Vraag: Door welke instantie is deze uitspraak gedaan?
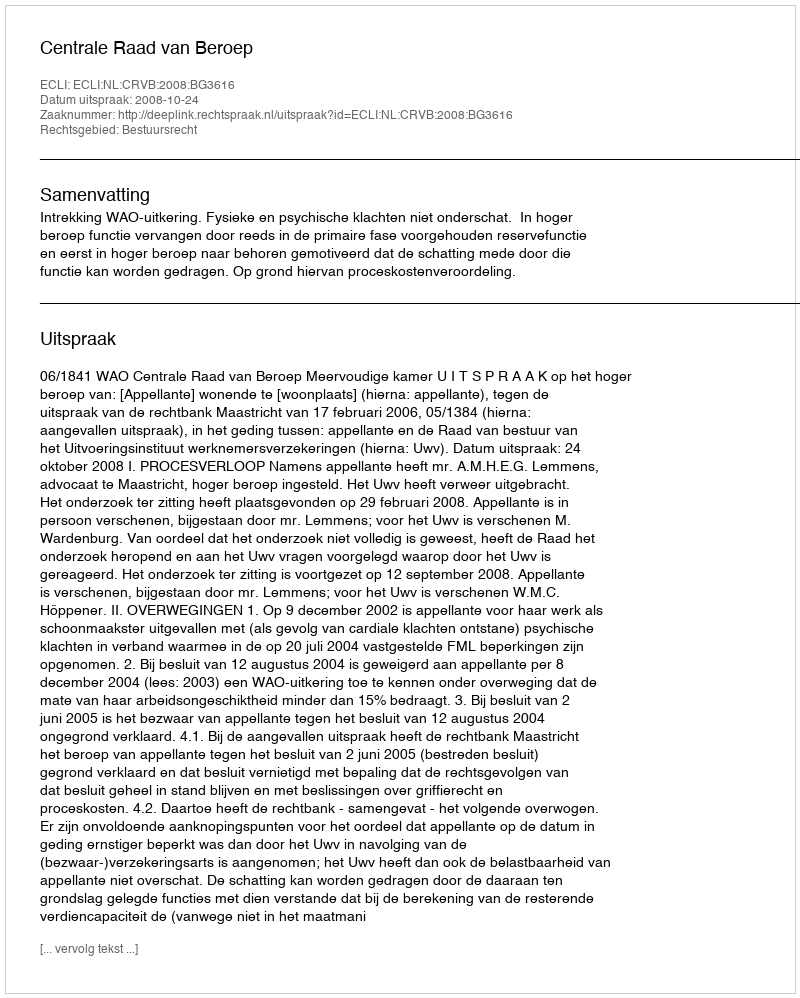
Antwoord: Centrale Raad van Beroep